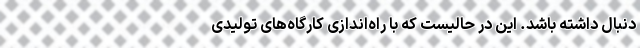
دنبال داشته باشد. این در حالیست که با راه‌اندازی کارگاه‌های تولیدی